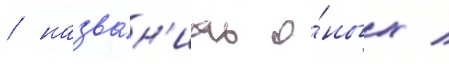
/ назва́н'иах о́ных /